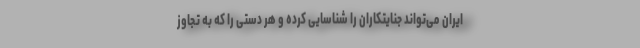
ایران می‌تواند جنایتکاران را شناسایی کرده و هر دستی را که به تجاوز